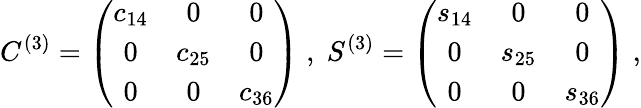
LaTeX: C^{(3)}=\left(\begin{array}{ccc}{{c_{14}}}&{{0}}&{{0}}\\ {{0}}&{{c_{25}}}&{{0}}\\ {{0}}&{{0}}&{{c_{36}}}\end{array}\right)\; ,\; S^{(3)}=\left(\begin{array}{ccc}{{s_{14}}}&{{0}}&{{0}}\\ {{0}}&{{s_{25}}}&{{0}}\\ {{0}}&{{0}}&{{s_{36}}}\end{array}\right)\; ,